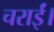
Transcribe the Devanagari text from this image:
चराईं।